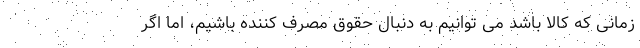
زمانی که کالا باشد می توانیم به دنبال حقوق مصرف کننده باشیم، اما اگر